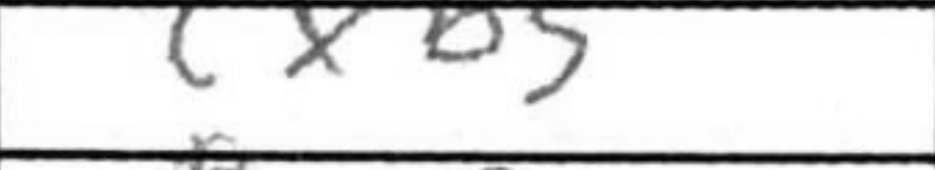
Transcription: Re3